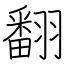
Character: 翻